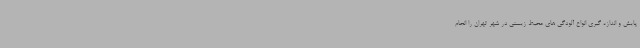
پایش و اندازه گیری انواع آلودگی های محیط زیستی در شهر تهران را انجام